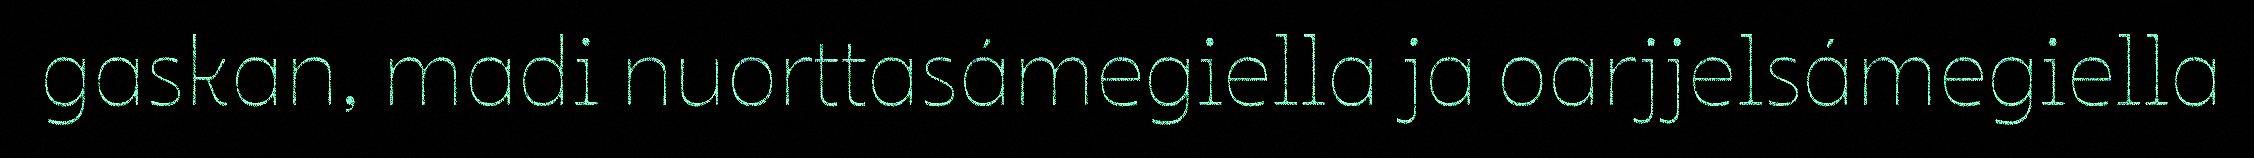
gaskan, madi nuorttasámegiella ja oarjjelsámegiella